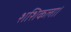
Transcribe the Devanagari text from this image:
शशिकला।